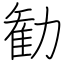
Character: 勧